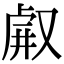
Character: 𠭗